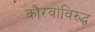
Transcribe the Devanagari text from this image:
कौरवांविरुद्ध